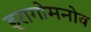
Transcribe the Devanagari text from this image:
ड्रागोमनोव